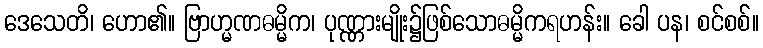
ဒေသေတိ၊ ဟော၏။ ဗြာဟ္မဏဓမ္မိက၊ ပုဏ္ဏားမျိုး၌ဖြစ်သောဓမ္မိကရဟန်း။ ခေါ ပန၊ စင်စစ်။